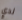
لدي